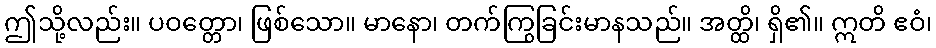
ဤသို့လည်း။ ပဝတ္တော၊ ဖြစ်သော။ မာနော၊ တက်ကြွခြင်းမာနသည်။ အတ္ထိ၊ ရှိ၏။ ဣတိ ဧဝံ၊